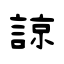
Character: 諒